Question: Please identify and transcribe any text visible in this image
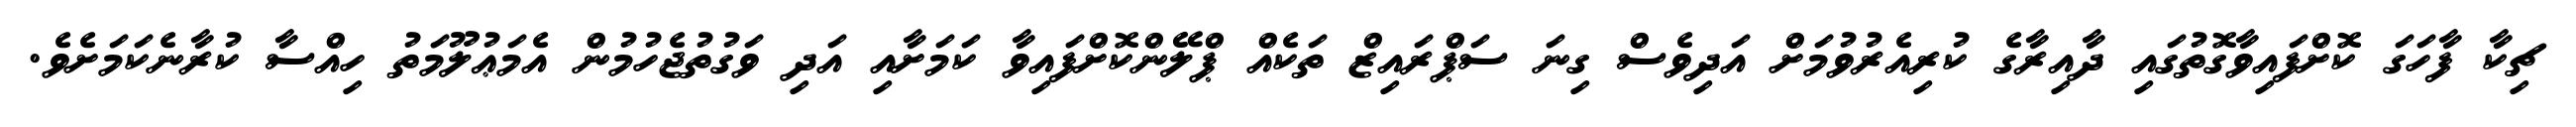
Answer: ޗިކާ ފާހަގަ ކޮށްފައިވާގޮތުގައި ދާއިރާގެ ކުރިއެރުވުމަށް އަދިވެސް ގިނަ ސަޕްރައިޒް ތަކެއް ޕްލޭންކޮށްފައިވާ ކަމަށާއި އަދި ވަގުތުޖެހުމުން އެމަޢުލޫމަތު ހިއްސާ ކުރާނެކަމަށެވެ.